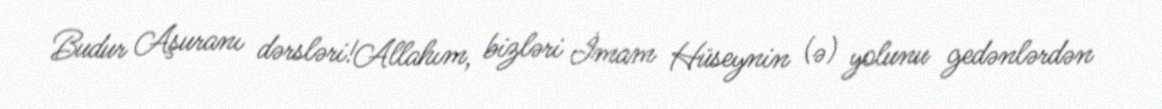
Budur Aşuranı dərsləri!Allahım, bizləri İmam Hüseynin (ə) yolunu gedənlərdən